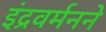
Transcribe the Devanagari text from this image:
इंद्रवर्मनने